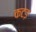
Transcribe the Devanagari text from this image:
कटड़